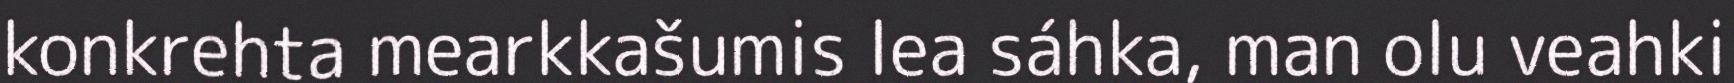
konkrehta mearkkašumis lea sáhka, man olu veahki